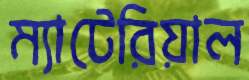
ম্যাটেরিয়াল